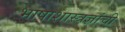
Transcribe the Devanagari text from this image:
भाषाशास्त्रज्ञांची